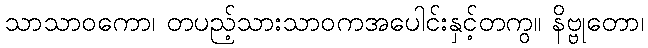
သာသာဝကော၊ တပည့်သားသာဝကအပေါင်းနှင့်တကွ။ နိဗ္ဗုတော၊